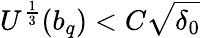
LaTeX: U^{\frac{1}{3}}(b_{q})<C\sqrt{\delta_{0}}